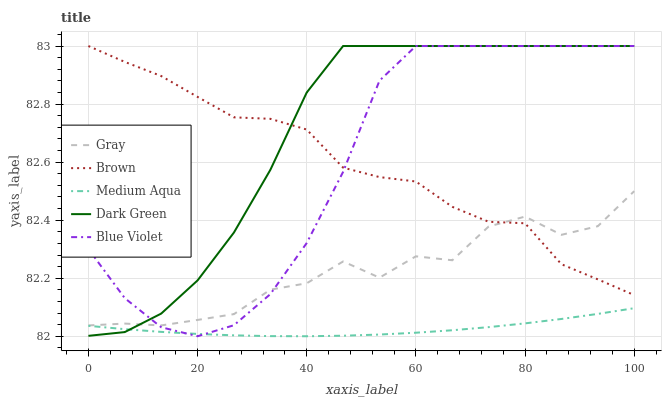
| xaxis_label | Gray | Brown | Medium Aqua | Dark Green | Blue Violet |
 | --- | --- | --- | --- | --- | --- |
 | 0 | 82 | 83 | 82 | 82 | 82.3 |
 | 6.67 | 82 | 82.9 | 82 | 82 | 82.1 |
 | 13.3 | 82 | 82.9 | 82 | 82.1 | 82 |
 | 20 | 82.1 | 82.8 | 82 | 82.2 | 82 |
 | 26.7 | 82.1 | 82.8 | 82 | 82.4 | 82 |
 | 33.3 | 82.2 | 82.7 | 82 | 82.6 | 82.1 |
 | 40 | 82.2 | 82.7 | 82 | 82.8 | 82.3 |
 | 46.7 | 82.3 | 82.6 | 82 | 83 | 82.6 |
 | 53.3 | 82.2 | 82.5 | 82 | 83 | 82.9 |
 | 60 | 82.3 | 82.5 | 82 | 83 | 83 |
 | 66.7 | 82.3 | 82.4 | 82 | 83 | 83 |
 | 73.3 | 82.4 | 82.4 | 82 | 83 | 83 |
 | 80 | 82.4 | 82.4 | 82 | 83 | 83 |
 | 86.7 | 82.3 | 82.2 | 82.1 | 83 | 83 |
 | 93.3 | 82.4 | 82.2 | 82.1 | 83 | 83 |
 | 100 | 82.5 | 82.1 | 82.1 | 83 | 83 |